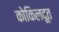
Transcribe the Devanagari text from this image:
कोकिलदूत